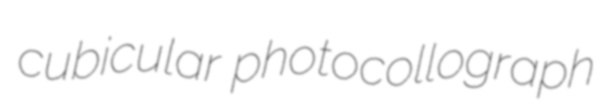
cubicular photocollograph